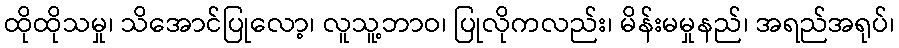
ထိုထိုသမှု၊ သိအောင်ပြုလော့၊ လူသူ့ဘာဝ၊ ပြုလိုကလည်း၊ မိန်းမမှုနည်၊ အရည်အရုပ်၊